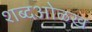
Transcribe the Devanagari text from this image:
शब्दओळख